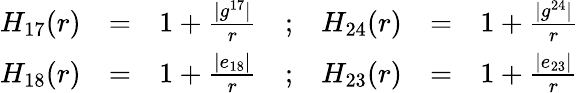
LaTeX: \begin{array}{rclcrcl}{{H_{17}(r)}}&{{=}}&{{1+\frac{\vert g^{17}\vert}{r}}}&{{;}}&{{H_{24}(r)}}&{{=}}&{{1+\frac{\vert g^{24}\vert}{r}}}\\ {{H_{18}(r)}}&{{=}}&{{1+\frac{\vert e_{18}\vert}{r}}}&{{;}}&{{H_{23}(r)}}&{{=}}&{{1+\frac{\vert e_{23}\vert}{r}}}\end{array}